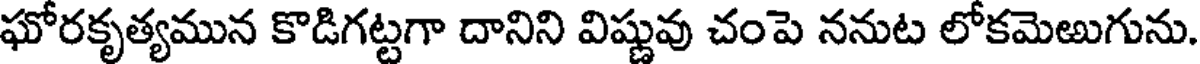
ఘోరకృత్యమున కొడిగట్టగా దానిని విష్ణువు చంపె ననుట లోకమెఱుగును.